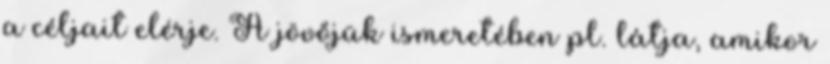
a céljait elérje. A jövőjük ismeretében pl. látja, amikor